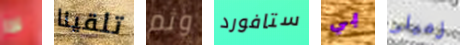
لذا تلقينا وثم ستافورد بي زميلى